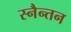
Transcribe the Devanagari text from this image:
स्नैन्तन